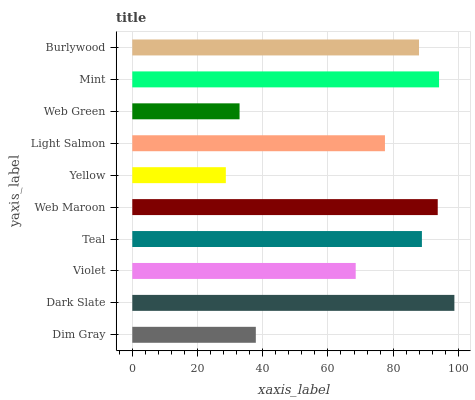
| yaxis_label | bars |
 | --- | --- |
 | Dim Gray | 37.9 |
 | Dark Slate | 98.8 |
 | Violet | 68.5 |
 | Teal | 88.8 |
 | Web Maroon | 93.7 |
 | Yellow | 28.7 |
 | Light Salmon | 77.5 |
 | Web Green | 32.9 |
 | Mint | 94.1 |
 | Burlywood | 87.9 |